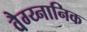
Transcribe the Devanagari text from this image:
वैग्य्नानिक